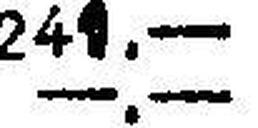
—.—